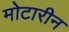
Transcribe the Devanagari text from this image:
मोटारीन